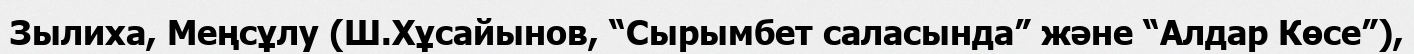
Зылиха, Меңсұлу (Ш.Хұсайынов, “Сырымбет саласында” және “Алдар Көсе”),